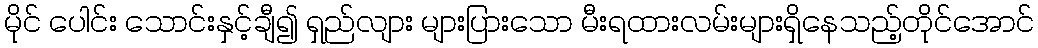
မိုင် ပေါင်း သောင်းနှင့်ချီ၍ ရှည်လျား များပြားသော မီးရထားလမ်းများရှိနေသည့်တိုင်အောင်